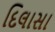
દિલાસા